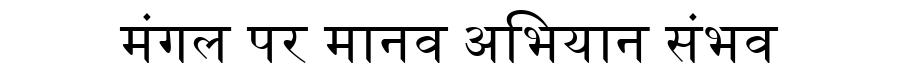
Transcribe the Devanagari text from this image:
मंगल पर मानव अभियान संभव